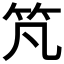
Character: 竼